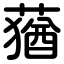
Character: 蕕